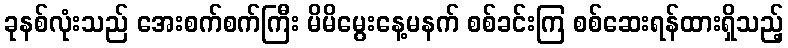
ခုနစ်လုံးသည် အေးစက်စက်ကြီး မိမိမွေးနေ့မနက် စစ်ခင်းကြ စစ်ဆေးရန်ထားရှိသည့်